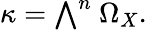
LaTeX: \kappa={\textstyle\bigwedge}^{n}~\Omega_{X}.